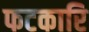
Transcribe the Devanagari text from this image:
फटकारि